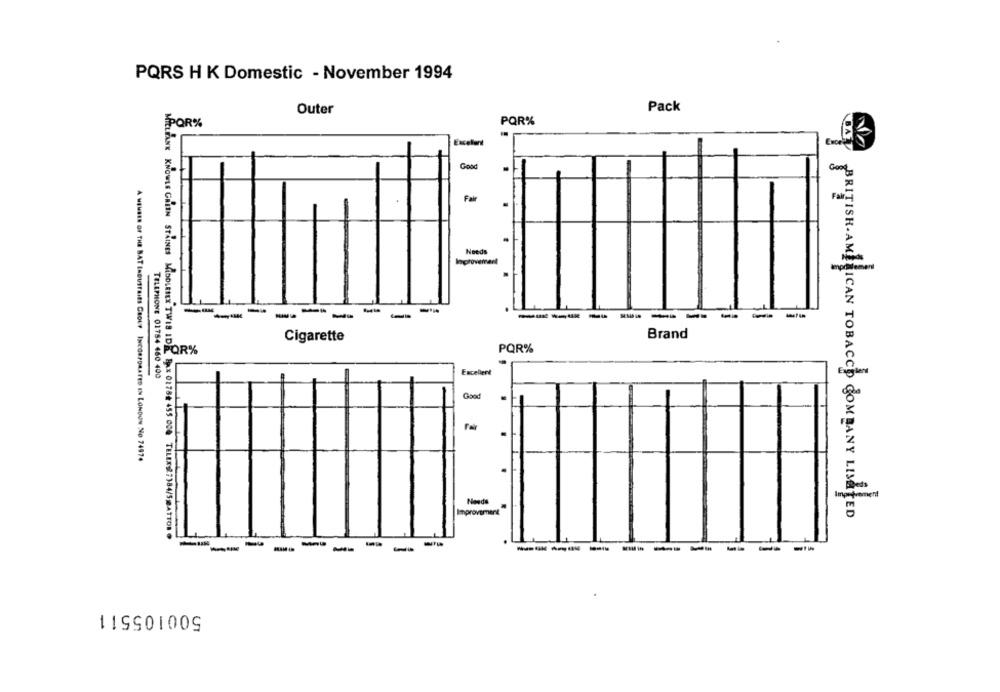
PQRS H K Domestic - November 1994
Outer
Pack
POR%
PQR%
Excellent
Good
Fat
Needs
Improvement
-
----------
Cigarette
Brand
POR%
PQR%
TELLMIONE 01754 460 400
Excellent
Good
A MEMBER OF THE BAT INDUSTRIES GROUP INCORPORATED IN LONDON No 74974
Needs
Improvement
BRITISHAMERICAN TOBACCO COMPANY LISHED
MIELFANK KNOWLE GRIEN STRINES MIDDLESEX TWIS IDE BAX 01784 455 000 TELEX27184/5BATTONO
--------
500105511